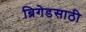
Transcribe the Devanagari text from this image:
ब्रिगेडसाठी